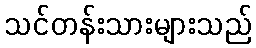
သင်တန်းသားများသည်